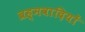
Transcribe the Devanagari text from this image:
ब्रह्मवादियों